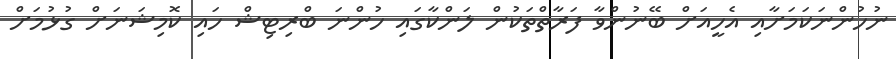
ނުހުންނަކަމަށާއި އެހީއަށް ބޭނުންވާ ފަރާތްތަކުން ލަންކާގައި ހުންނަ ބްރިޓިޝް ހައި ކޮމިޝަނަށް ގުޅުމަށް